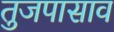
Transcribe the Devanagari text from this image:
तुजपासाव